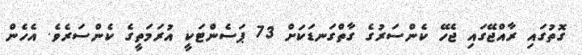
ގޮތުގައި ރާއްޖޭގައި ޖެހޭ ކެންސަރުގެ ގާތްގަނޑަކަށް 73 ޕަސެންޓަކީ އުރަމަތީގެ ކެންސަރެވެ. އެހެން